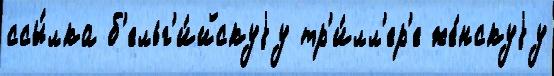
ссы́лка б'ельг'и́йскуjу тр'и́лл'ер'е же́нскуjу